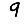
Digit: 9